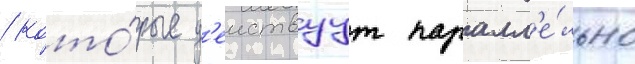
/ кото́рые д'еиствуут паралл'е́льно